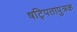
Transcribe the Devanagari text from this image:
षट्पितापुत्रक